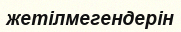
жетілмегендерін